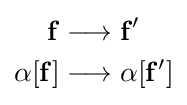
{\begin{aligned}\mathbf {f} &\longrightarrow \mathbf {f'} \\\alpha [\mathbf {f} ]&\longrightarrow \alpha [\mathbf {f'} ]\end{aligned}}